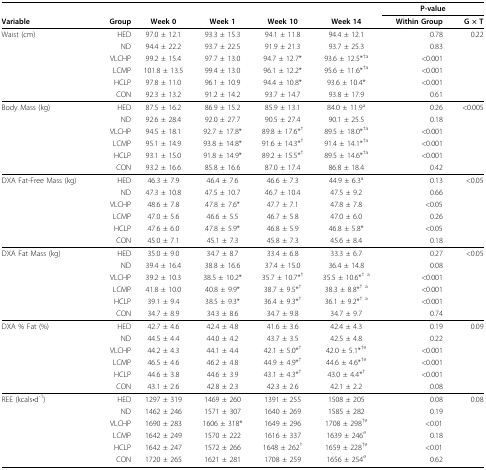
<table><thead><tr><td></td><td></td><td></td><td></td><td></td><td></td><td colspan="2"><b>P-value</b></td></tr><tr><td><b>Variable</b></td><td><b>Group</b></td><td><b>Week 0</b></td><td><b>Week 1</b></td><td><b>Week 10</b></td><td><b>Week 14</b></td><td><b>Within Group</b></td><td><b>G × T</b></td></tr></thead><tbody><tr><td>Waist (cm)</td><td>HED</td><td>97.0 ± 12.1</td><td>93.3 ± 15.3</td><td>94.1 ± 11.8</td><td>94.4 ± 12.1</td><td>0.78</td><td>0.22</td></tr><tr><td></td><td>ND</td><td>94.4 ± 22.2</td><td>93.7 ± 22.5</td><td>91.9 ± 21.3</td><td>93.7 ± 25.3</td><td>0.83</td><td></td></tr><tr><td></td><td>VLCHP</td><td>99.2 ± 15.4</td><td>97.7 ± 13.0</td><td>94.7 ± 12.7*</td><td>93.6 ± 12.5*<sup>†a</sup></td><td>&lt; 0.001</td><td></td></tr><tr><td></td><td>LCMP</td><td>101.8 ± 13.5</td><td>99.4 ± 13.0</td><td>96.1 ± 12.2*</td><td>95.6 ± 11.6*<sup>†a</sup></td><td>&lt; 0.001</td><td></td></tr><tr><td></td><td>HCLP</td><td>97.8 ± 11.0</td><td>96.1 ± 10.9</td><td>94.4 ± 10.8*</td><td>93.6 ± 10.4*</td><td>&lt; 0.001</td><td></td></tr><tr><td></td><td>CON</td><td>92.3 ± 13.2</td><td>91.2 ± 14.2</td><td>93.7 ± 14.7</td><td>93.8 ± 17.9</td><td>0.61</td><td></td></tr><tr><td>Body Mass (kg)</td><td>HED</td><td>87.5 ± 16.2</td><td>86.9 ± 15.2</td><td>85.9 ± 13.1</td><td>84.0 ± 11.9<sup>a</sup></td><td>0.26</td><td>&lt; 0.005</td></tr><tr><td></td><td>ND</td><td>92.6 ± 28.4</td><td>92.0 ± 27.7</td><td>90.5 ± 27.4</td><td>90.1 ± 25.5</td><td>0.18</td><td></td></tr><tr><td></td><td>VLCHP</td><td>94.5 ± 18.1</td><td>92.7 ± 17.8*</td><td>89.8 ± 17.6*<sup>†</sup></td><td>89.5 ± 18.0*<sup>†a</sup></td><td>&lt; 0.001</td><td></td></tr><tr><td></td><td>LCMP</td><td>95.1 ± 14.9</td><td>93.8 ± 14.8*</td><td>91.6 ± 14.3*<sup>†</sup></td><td>91.4 ± 14.1*<sup>†a</sup></td><td>&lt; 0.001</td><td></td></tr><tr><td></td><td>HCLP</td><td>93.1 ± 15.0</td><td>91.8 ± 14.9*</td><td>89.2 ± 15.5*<sup>†</sup></td><td>89.5 ± 14.6*<sup>†a</sup></td><td>&lt; 0.001</td><td></td></tr><tr><td></td><td>CON</td><td>93.2 ± 16.6</td><td>85.8 ± 16.6</td><td>87.0 ± 17.4</td><td>86.8 ± 18.4</td><td>0.42</td><td></td></tr><tr><td>DXA Fat-Free Mass (kg)</td><td>HED</td><td>46.3 ± 7.9</td><td>46.4 ± 7.6</td><td>46.6 ± 7.3</td><td>44.9 ± 6.3<sup>a</sup></td><td>0.13</td><td>&lt; 0.05</td></tr><tr><td></td><td>ND</td><td>47.3 ± 10.8</td><td>47.5 ± 10.7</td><td>46.7 ± 10.4</td><td>47.5 ± 9.2</td><td>0.66</td><td></td></tr><tr><td></td><td>VLCHP</td><td>48.6 ± 7.8</td><td>47.8 ± 7.6*</td><td>47.7 ± 7.1</td><td>47.8 ± 7.8</td><td>&lt; 0.05</td><td></td></tr><tr><td></td><td>LCMP</td><td>47.0 ± 5.6</td><td>46.6 ± 5.5</td><td>46.7 ± 5.8</td><td>47.0 ± 6.0</td><td>0.26</td><td></td></tr><tr><td></td><td>HCLP</td><td>47.6 ± 6.0</td><td>47.8 ± 5.9*</td><td>46.8 ± 5.9</td><td>46.8 ± 5.8*</td><td>&lt; 0.05</td><td></td></tr><tr><td></td><td>CON</td><td>45.0 ± 7.1</td><td>45.1 ± 7.3</td><td>45.8 ± 7.3</td><td>45.6 ± 8.4</td><td>0.18</td><td></td></tr><tr><td>DXA Fat Mass (kg)</td><td>HED</td><td>35.0 ± 9.0</td><td>34.7 ± 8.7</td><td>33.4 ± 6.8</td><td>33.3 ± 6.7</td><td>0.27</td><td>&lt; 0.05</td></tr><tr><td></td><td>ND</td><td>39.4 ± 16.4</td><td>38.8 ± 16.6</td><td>37.4 ± 15.0</td><td>36.4 ± 14.8</td><td>0.08</td><td></td></tr><tr><td></td><td>VLCHP</td><td>39.2 ± 10.3</td><td>38.5 ± 10.2*</td><td>35.7 ± 10.7*<sup>†</sup></td><td>35.5 ± 10.6*<sup>† a</sup></td><td>&lt; 0.001</td><td></td></tr><tr><td></td><td>LCMP</td><td>41.8 ± 10.0</td><td>40.8 ± 9.9*</td><td>38.7 ± 9.5*<sup>†</sup></td><td>38.3 ± 8.8*<sup>† a</sup></td><td>&lt; 0.001</td><td></td></tr><tr><td></td><td>HCLP</td><td>39.1 ± 9.4</td><td>38.5 ± 9.3*</td><td>36.4 ± 9.3*<sup>†</sup></td><td>36.1 ± 9.2*<sup>† a</sup></td><td>&lt; 0.001</td><td></td></tr><tr><td></td><td>CON</td><td>34.7 ± 8.9</td><td>34.3 ± 8.6</td><td>34.7 ± 9.8</td><td>34.7 ± 9.7</td><td>0.74</td><td></td></tr><tr><td>DXA % Fat (%)</td><td>HED</td><td>42.7 ± 4.6</td><td>42.4 ± 4.8</td><td>41.6 ± 3.6</td><td>42.4 ± 4.3</td><td>0.19</td><td>0.09</td></tr><tr><td></td><td>ND</td><td>44.5 ± 4.4</td><td>44.0 ± 4.2</td><td>43.7 ± 3.5</td><td>42.5 ± 4.8</td><td>0.22</td><td></td></tr><tr><td></td><td>VLCHP</td><td>44.2 ± 4.3</td><td>44.1 ± 4.4</td><td>42.1 ± 5.0*<sup>†</sup></td><td>42.0 ± 5.1*<sup>†e</sup></td><td>&lt; 0.001</td><td></td></tr><tr><td></td><td>LCMP</td><td>46.5 ± 4.6</td><td>46.2 ± 4.8</td><td>44.9 ± 4.9*<sup>†</sup></td><td>44.6 ± 4.6*<sup>†e</sup></td><td>&lt; 0.001</td><td></td></tr><tr><td></td><td>HCLP</td><td>44.6 ± 3.8</td><td>44.6 ± 3.9</td><td>43.1 ± 4.3*<sup>†</sup></td><td>43.0 ± 4.4*<sup>†</sup></td><td>&lt; 0.001</td><td></td></tr><tr><td></td><td>CON</td><td>43.1 ± 2.6</td><td>42.8 ± 2.3</td><td>42.3 ± 2.6</td><td>42.1 ± 2.2</td><td>0.08</td><td></td></tr><tr><td>REE (kcals•d<sup>-1</sup>)</td><td>HED</td><td>1297 ± 319</td><td>1469 ± 260</td><td>1391 ± 255</td><td>1508 ± 205</td><td>0.08</td><td>0.08</td></tr><tr><td></td><td>ND</td><td>1462 ± 246</td><td>1571 ± 307</td><td>1640 ± 269</td><td>1585 ± 282</td><td>0.19</td><td></td></tr><tr><td></td><td>VLCHP</td><td>1690 ± 283</td><td>1606 ± 318*</td><td>1649 ± 296</td><td>1708 ± 298<sup>†e</sup></td><td>&lt; 0.01</td><td></td></tr><tr><td></td><td>LCMP</td><td>1642 ± 249</td><td>1570 ± 222</td><td>1616 ± 337</td><td>1639 ± 246<sup>e</sup></td><td>0.18</td><td></td></tr><tr><td></td><td>HCLP</td><td>1642 ± 247</td><td>1572 ± 266</td><td>1648 ± 262<sup>†</sup></td><td>1659 ± 228<sup>†e</sup></td><td>&lt; 0.01</td><td></td></tr><tr><td></td><td>CON</td><td>1720 ± 265</td><td>1621 ± 281</td><td>1708 ± 259</td><td>1656 ± 254<sup>e</sup></td><td>0.62</td><td></td></tr></tbody></table>